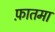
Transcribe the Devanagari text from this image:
फ़ातमा